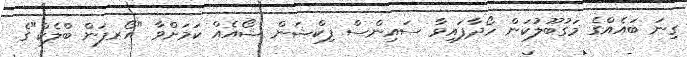
ގިނަ ބައެއްގެ މަގުބޫލުކަން ހޯދާފައިވާ ސައިންސް ފިކްޝަން ޝޯއެއް ކަމަށްވާ "އޯރފަން ބްލެކް"ގެ